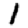
Digit: 1